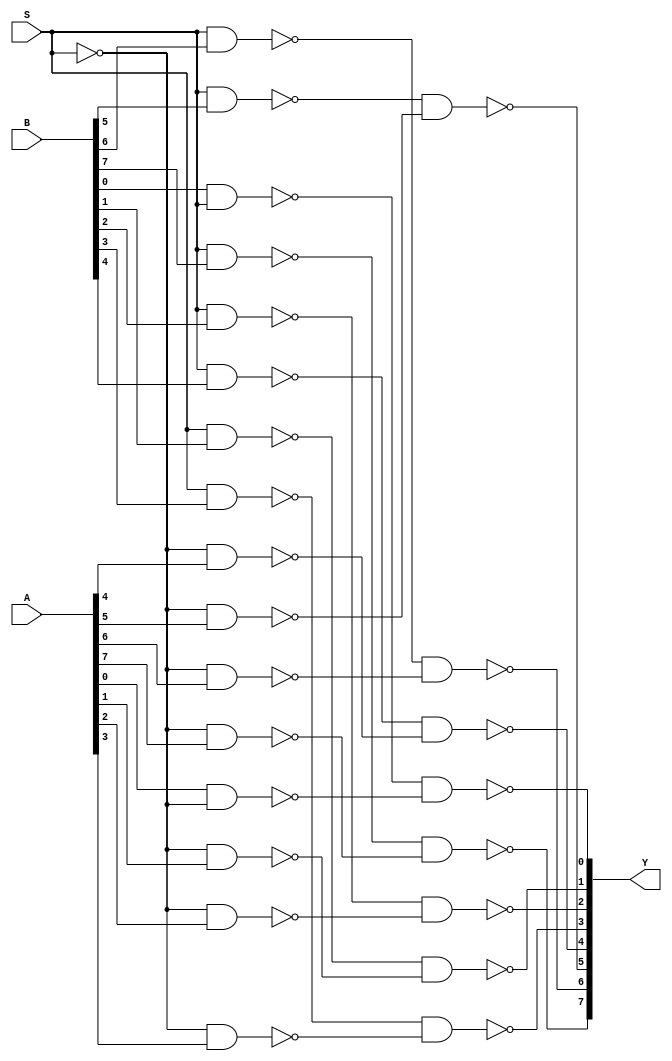
/* Generated by Yosys 0.28+1 (git sha1 a9c792dce, clang 10.0.0-4ubuntu1 -fPIC -Os) */

(* hdlname = "\\\\mux2_8bit" *)
(* top =  1  *)
(* src = "mux2_8bit.v:3.1-22.10" *)
module mux2_8bit(A, B, S, Y);
  (* src = "mux2_8bit.v:4.15-4.16" *)
  wire _00_;
  (* src = "mux2_8bit.v:4.15-4.16" *)
  wire _01_;
  (* src = "mux2_8bit.v:4.15-4.16" *)
  wire _02_;
  (* src = "mux2_8bit.v:4.15-4.16" *)
  wire _03_;
  (* src = "mux2_8bit.v:4.15-4.16" *)
  wire _04_;
  (* src = "mux2_8bit.v:4.15-4.16" *)
  wire _05_;
  (* src = "mux2_8bit.v:4.15-4.16" *)
  wire _06_;
  (* src = "mux2_8bit.v:4.15-4.16" *)
  wire _07_;
  (* src = "mux2_8bit.v:5.19-5.20" *)
  wire _08_;
  (* src = "mux2_8bit.v:5.19-5.20" *)
  wire _09_;
  (* src = "mux2_8bit.v:5.19-5.20" *)
  wire _10_;
  (* src = "mux2_8bit.v:5.19-5.20" *)
  wire _11_;
  (* src = "mux2_8bit.v:5.19-5.20" *)
  wire _12_;
  (* src = "mux2_8bit.v:5.19-5.20" *)
  wire _13_;
  (* src = "mux2_8bit.v:5.19-5.20" *)
  wire _14_;
  (* src = "mux2_8bit.v:5.19-5.20" *)
  wire _15_;
  (* src = "mux2_8bit.v:6.13-6.14" *)
  wire _16_;
  (* src = "mux2_8bit.v:7.24-7.25" *)
  wire _17_;
  (* src = "mux2_8bit.v:7.24-7.25" *)
  wire _18_;
  (* src = "mux2_8bit.v:7.24-7.25" *)
  wire _19_;
  (* src = "mux2_8bit.v:7.24-7.25" *)
  wire _20_;
  (* src = "mux2_8bit.v:7.24-7.25" *)
  wire _21_;
  (* src = "mux2_8bit.v:7.24-7.25" *)
  wire _22_;
  (* src = "mux2_8bit.v:7.24-7.25" *)
  wire _23_;
  (* src = "mux2_8bit.v:7.24-7.25" *)
  wire _24_;
  wire _25_;
  wire _26_;
  wire _27_;
  wire _28_;
  wire _29_;
  wire _30_;
  wire _31_;
  wire _32_;
  wire _33_;
  wire _34_;
  wire _35_;
  wire _36_;
  wire _37_;
  wire _38_;
  wire _39_;
  wire _40_;
  wire _41_;
  (* src = "mux2_8bit.v:4.15-4.16" *)
  input [7:0] A;
  wire [7:0] A;
  (* src = "mux2_8bit.v:5.19-5.20" *)
  input [7:0] B;
  wire [7:0] B;
  (* src = "mux2_8bit.v:6.13-6.14" *)
  input S;
  wire S;
  (* src = "mux2_8bit.v:7.24-7.25" *)
  output [7:0] Y;
  wire [7:0] Y;
  assign _25_ = ~_16_;
  assign _26_ = ~(_08_ & _16_);
  assign _27_ = ~(_00_ & _25_);
  assign _17_ = ~(_26_ & _27_);
  assign _28_ = ~(_16_ & _09_);
  assign _29_ = ~(_25_ & _01_);
  assign _18_ = ~(_28_ & _29_);
  assign _30_ = ~(_16_ & _10_);
  assign _31_ = ~(_25_ & _02_);
  assign _19_ = ~(_30_ & _31_);
  assign _32_ = ~(_16_ & _11_);
  assign _33_ = ~(_25_ & _03_);
  assign _20_ = ~(_32_ & _33_);
  assign _34_ = ~(_16_ & _12_);
  assign _35_ = ~(_25_ & _04_);
  assign _21_ = ~(_34_ & _35_);
  assign _36_ = ~(_16_ & _13_);
  assign _37_ = ~(_25_ & _05_);
  assign _22_ = ~(_36_ & _37_);
  assign _38_ = ~(_16_ & _14_);
  assign _39_ = ~(_25_ & _06_);
  assign _23_ = ~(_38_ & _39_);
  assign _40_ = ~(_16_ & _15_);
  assign _41_ = ~(_25_ & _07_);
  assign _24_ = ~(_40_ & _41_);
  assign _00_ = A[0];
  assign _08_ = B[0];
  assign _16_ = S;
  assign Y[0] = _17_;
  assign _01_ = A[1];
  assign _09_ = B[1];
  assign Y[1] = _18_;
  assign _02_ = A[2];
  assign _10_ = B[2];
  assign Y[2] = _19_;
  assign _03_ = A[3];
  assign _11_ = B[3];
  assign Y[3] = _20_;
  assign _04_ = A[4];
  assign _12_ = B[4];
  assign Y[4] = _21_;
  assign _05_ = A[5];
  assign _13_ = B[5];
  assign Y[5] = _22_;
  assign _06_ = A[6];
  assign _14_ = B[6];
  assign Y[6] = _23_;
  assign _07_ = A[7];
  assign _15_ = B[7];
  assign Y[7] = _24_;
endmodule